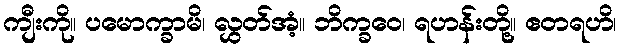
ကျီးကို။ ပမောက္ခာမိ၊ လွှတ်အံ့။ ဘိက္ခဝေ၊ ရဟန်းတို့။ ဧတရဟိ၊